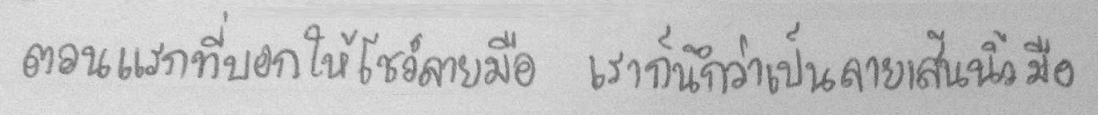
ตอนแรกที่บอกให้โชว์ลายมือ เราก็นึกว่าเป็นลายเส้นนิ้วมือ